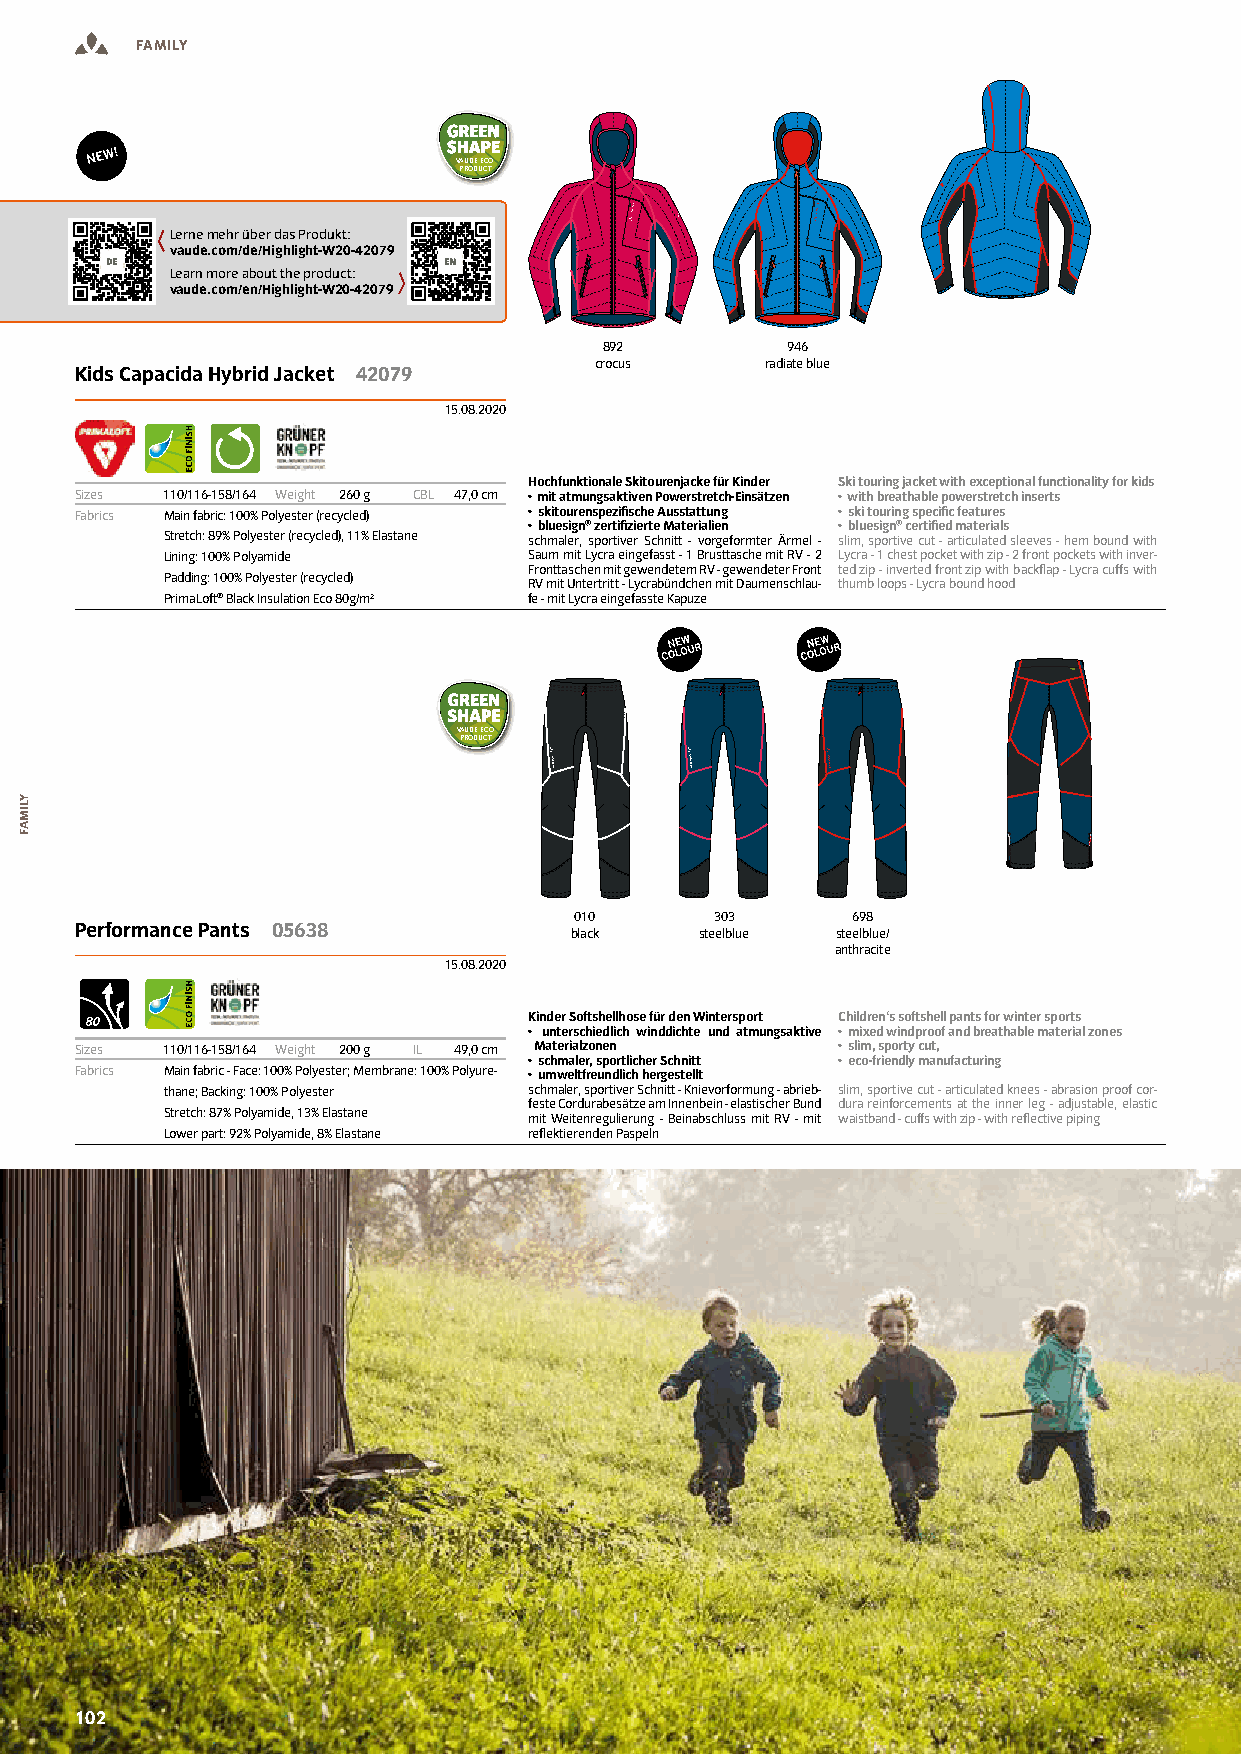
FAMILY
 VAUDE ECO
 PRODUCT
 Lerne mehr über das Produkt:
 vaude.com/de/Highlight-W20-42079
 Learn more about the product:
 vaude.com/en/Highlight-W20-42079
 892         946
 crocus      radiate blue
 Kids Capacida Hybrid Jacket 42079
 15.08.2020
 Hochfunktionale Skitourenjacke für Kinder Ski touring jacket with exceptional functionality for kids
 Sizes 110/116-158/164 Weight 260 g CBL 47,0 cm • mit atmungsaktiven Powerstretch-Einsätzen • with breathable powerstretch inserts
 Fabrics Main fabric: 100% Polyester (recycled) • skitourenspeziische Ausstattung • ski touring speciic features
 • bluesign® zertiizierte Materialien • bluesign® certiied materials
 Stretch: 89% Polyester (recycled), 11% Elastane schmaler, sportiver Schnitt - vorgeformter Ärmel - slim, sportive cut - articulated sleeves - hem bound with
 Lining: 100% Polyamide  Saum mit Lycra eingefasst - 1 Brusttasche mit RV - 2 Lycra - 1 chest pocket with zip - 2 front pockets with inver-
 Fronttaschen mit gewendetem RV - gewendeter Front ted zip - inverted front zip with backlap - Lycra cuffs with
 Padding: 100% Polyester (recycled)
 RV mit Untertritt - Lycrabündchen mit Daumenschlau- thumb loops - Lycra bound hood
 PrimaLoft® Black Insulation Eco 80g/m² fe - mit Lycra eingefasste Kapuze
 VAUDE ECO
 PRODUCT
 010      303      698
 Performance Pants 05638
 black   steelblue steelblue/
 anthracite
 15.08.2020
 Kinder Softshellhose für den Wintersport Children‘s softshell pants for winter sports
 • unterschiedlich winddichte und atmungsaktive • mixed windproof and breathable material zones
 Sizes 110/116-158/164 Weight 200 g IL 49,0 cm Materialzonen • slim, sporty cut,
 • schmaler, sportlicher Schnitt • eco-friendly manufacturing
 Fabrics Main fabric - Face: 100% Polyester; Membrane: 100% Polyure- • umweltfreundlich hergestellt
 thane; Backing: 100% Polyester schmaler, sportiver Schnitt - Knievorformung - abrieb- slim, sportive cut - articulated knees - abrasion proof cor-
 feste Cordurabesätze am Innenbein - elastischer Bund dura reinforcements at the inner leg - adjustable, elastic
 Stretch: 87% Polyamide, 13% Elastane mit Weitenregulierung - Beinabschluss mit RV - mit waistband - cuffs with zip - with relective piping
 Lower part: 92% Polyamide, 8% Elastane relektierenden Paspeln
 110022
 YLIMAF